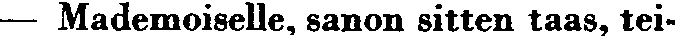
— Mademoiselle, sanon sitten taas, tei-